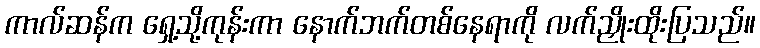
ကာလ်ဆန်က ရှေ့သို့ကုန်းကာ နောက်ဘက်တစ်နေရာကို လက်ညှိုးထိုးပြသည်။